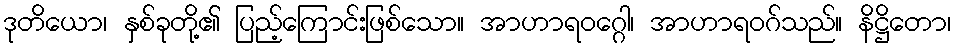
ဒုတိယော၊ နှစ်ခုတို့၏ ပြည့်ကြောင်းဖြစ်သော။ အာဟာရဝဂ္ဂေါ၊ အာဟာရဝဂ်သည်။ နိဋ္ဌိတော၊